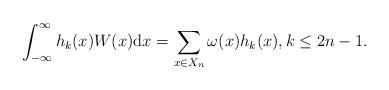
LaTeX: \begin{align*}\int_{-\infty}^\infty h_{k}(x)W(x)\mathrm{d}x = \sum_{x\in X_n} \omega(x) h_{k}(x),k\leq 2n-1.\end{align*}